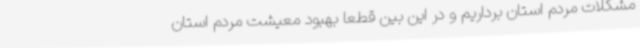
مشکلات مردم استان برداریم و در این بین قطعا بهبود معیشت مردم استان